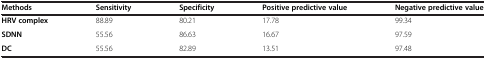
<table><thead><tr><td><b>Methods</b></td><td><b>Sensitivity</b></td><td><b>Specificity</b></td><td><b>Positive predictive value</b></td><td><b>Negative predictive value</b></td></tr></thead><tbody><tr><td><b>HRV complex</b></td><td>88.89</td><td>80.21</td><td>17.78</td><td>99.34</td></tr><tr><td><b>SDNN</b></td><td>55.56</td><td>86.63</td><td>16.67</td><td>97.59</td></tr><tr><td><b>DC</b></td><td>55.56</td><td>82.89</td><td>13.51</td><td>97.48</td></tr></tbody></table>